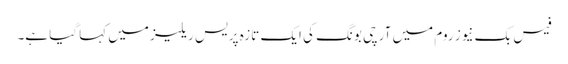
فیس بک نیوز روم میں آرچی بونگ کی ایک تازہ پریس ریلیز میں کہا گیا ہے۔